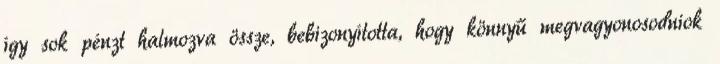
így sok pénzt halmozva össze, bebizonyította, hogy könnyű megvagyonosodniok